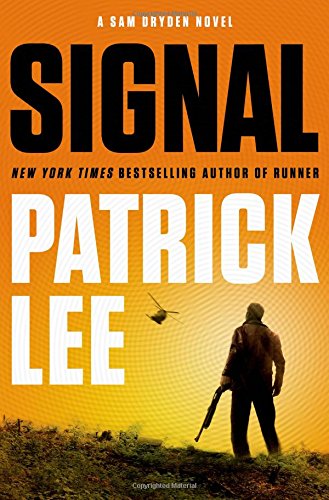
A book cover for Signal: A Sam Dryden Novel; Patrick Lee; Mystery, Thriller & Suspense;